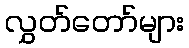
လွှတ်တော်များ